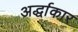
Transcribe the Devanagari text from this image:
अर्द्धाकार